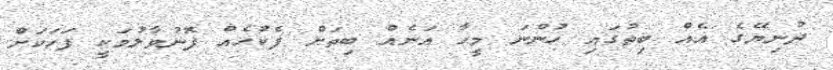
ދުނިޔޭގެ އެއް ބިތުގައި ހުންނަ މީހާ އަނެއް ބިތަށް ފެކުހެއް ފޮނުވާލުމަކީ ފަހަކަށް